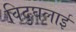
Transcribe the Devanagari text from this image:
विदुघलाई